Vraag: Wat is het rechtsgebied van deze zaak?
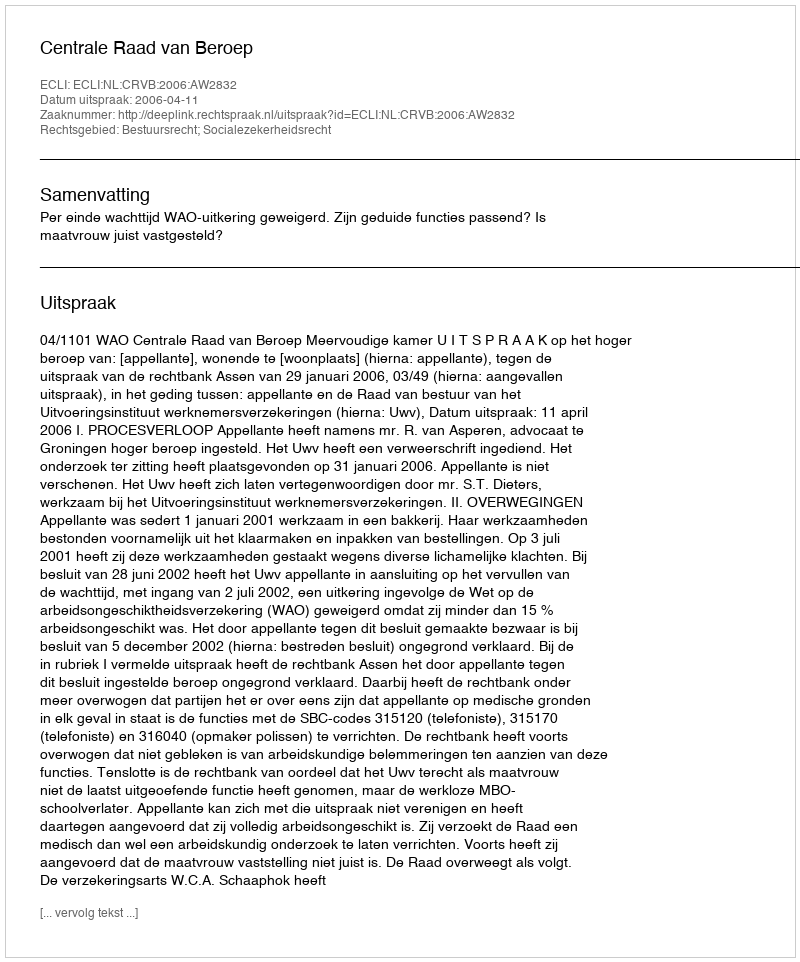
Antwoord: Bestuursrecht; Socialezekerheidsrecht